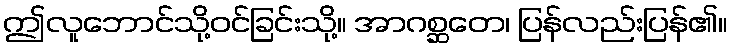
ဤလူဘောင်သို့ဝင်ခြင်းသို့။ အာဂစ္ဆတေ၊ ပြန်လည်းပြန်၏။